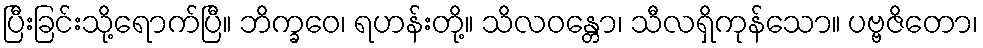
ပြီးခြင်းသို့ရောက်ပြီ။ ဘိက္ခဝေ၊ ရဟန်းတို့။ သိလဝန္တော၊ သီလရှိကုန်သော။ ပဗ္ဗဇိတော၊